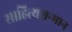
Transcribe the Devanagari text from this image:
साहित्यसन्मान